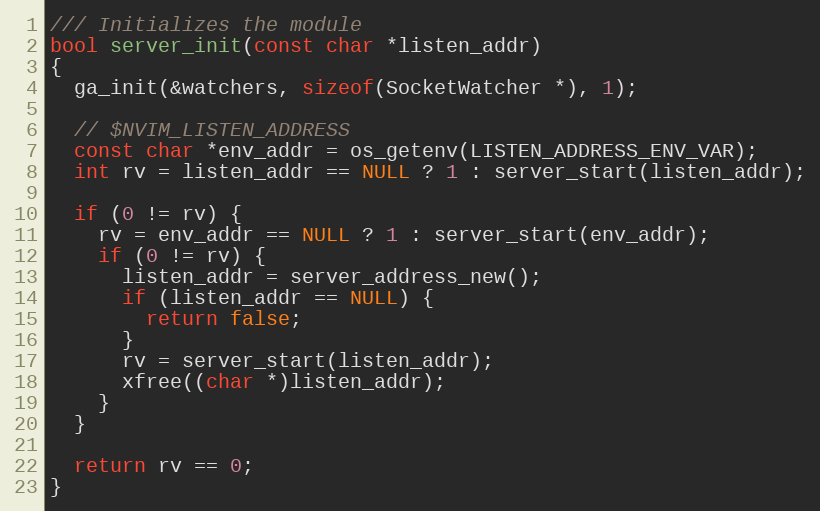
Language: C
/// Initializes the module
bool server_init(const char *listen_addr)
{
  ga_init(&watchers, sizeof(SocketWatcher *), 1);

  // $NVIM_LISTEN_ADDRESS
  const char *env_addr = os_getenv(LISTEN_ADDRESS_ENV_VAR);
  int rv = listen_addr == NULL ? 1 : server_start(listen_addr);

  if (0 != rv) {
    rv = env_addr == NULL ? 1 : server_start(env_addr);
    if (0 != rv) {
      listen_addr = server_address_new();
      if (listen_addr == NULL) {
        return false;
      }
      rv = server_start(listen_addr);
      xfree((char *)listen_addr);
    }
  }

  return rv == 0;
}